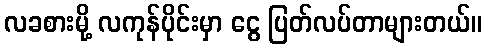
လခစားမို့ လကုန်ပိုင်းမှာ ငွေ ပြတ်လပ်တာများတယ်။